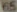
65